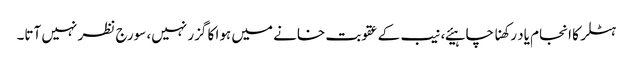
ہٹلر کا انجام یاد رکھنا چاہیئے، نیب کے عقوبت خانے میں ہوا کا گزر نہیں، سورج نظر نہیں آتا۔